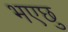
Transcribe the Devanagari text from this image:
भएछु